Tezpur Lunatic Asylum reports 1877-1894 - 1877-1894
Year: 1877
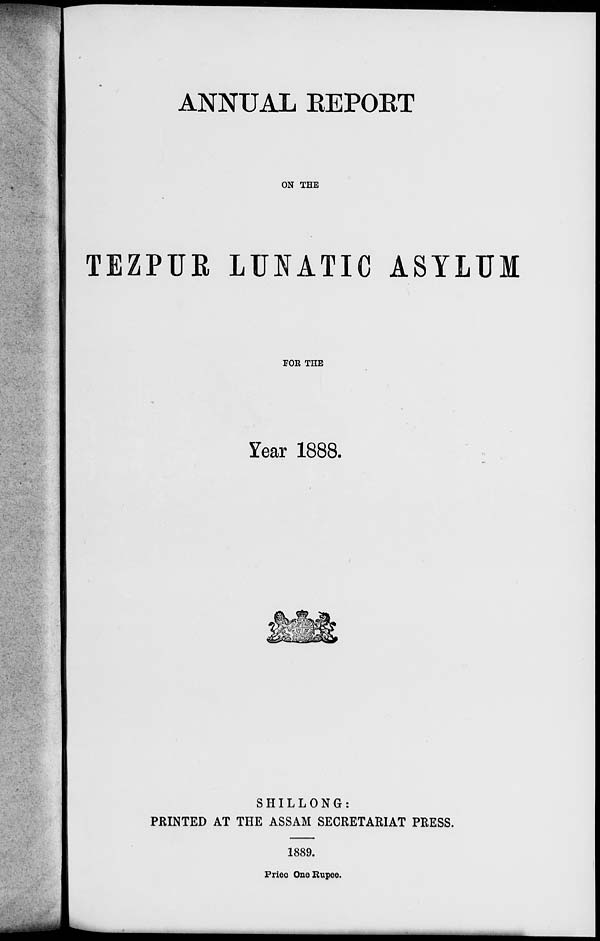
ANNUAL EEPOET
ON THE
TEZPUE LUNATIC ASYLUM
FOR THE
Year 1888.
SHILLONG:
PRINTED AT THE ASSAM SECRETARIAT PRESS.
1889.
Prieo One Rupee.